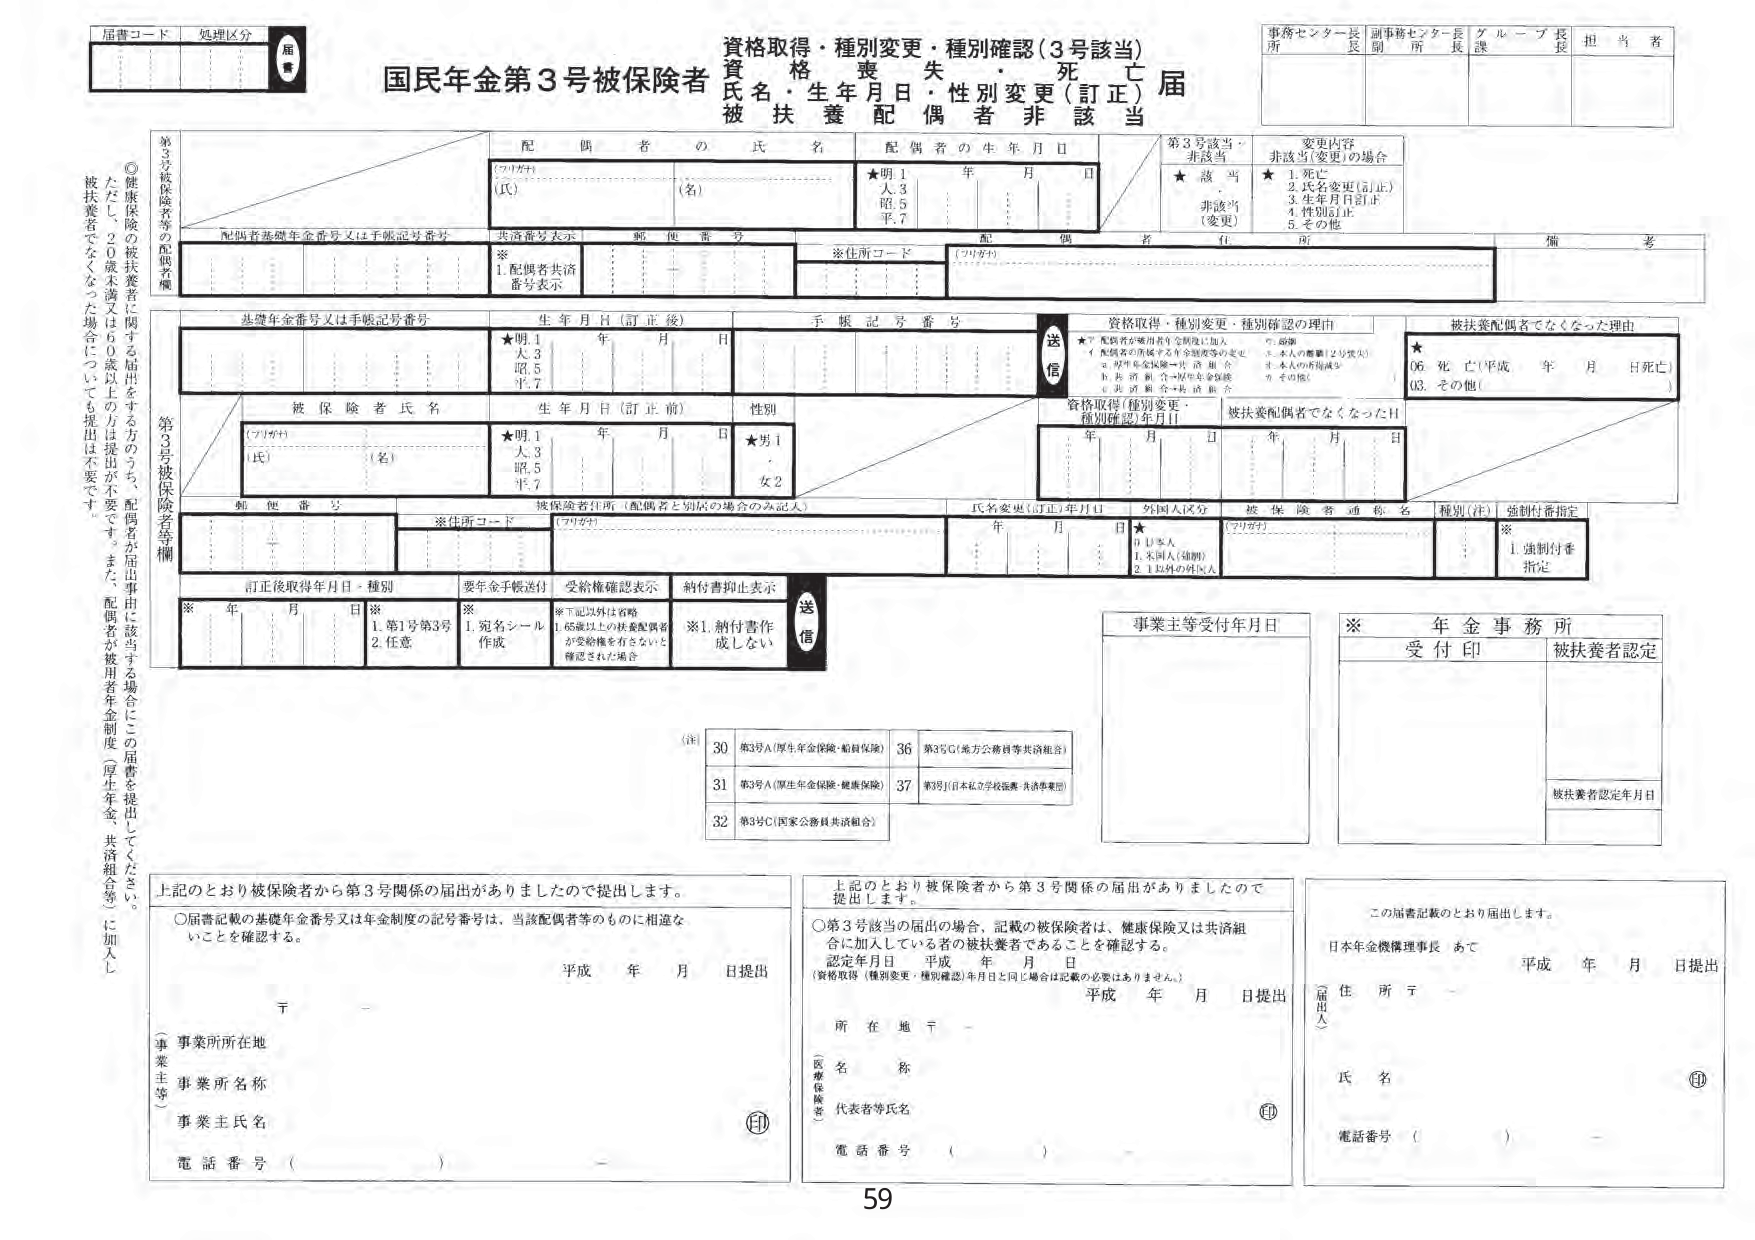
届書コード　処理区分　届書

資格取得・種別変更・種別確認（3号該当）
資　格　喪　失　・　死　亡
国民年金第3号被保険者　氏名・生年月日・性別変更（訂正）届
被扶養配偶者非該当

事務センター長　副事務センター長　グループ長　担当者
所　　　　　　長　　　　所　　　　長　　課　　　　長

第3号被保険者等の配偶者欄
◎健康保険の被扶養者に関する届出をする方のうち、配偶者が届出事由に該当する場合にこの届書を提出してください。
ただし、20歳未満又は60歳以上の方は提出が不要です。また、配偶者が被用者年金制度（厚生年金・共済組合等）に加入し、被扶養者でなくなった場合についても提出は不要です。

配　偶　者　の　氏　名
（フリガナ）
（氏）　　　　　　　　　　（名）
配　偶　者　の　生　年　月　日
★明.1　年　月　日
大.3
昭.5
平.7

第3号該当・非該当
★　該　当
　　非該当（変更）
変更内容
非該当（変更）の場合
★　1.死亡
　　2.氏名変更（訂正）
　　3.生年月日訂正
　　4.性別訂正
　　5.その他

備　考

配偶者基礎年金番号又は手帳記号番号
※　1.配偶者共済番号表示
　　郵便番号
　　※住所コード
　　（フリガナ）

基礎年金番号又は手帳記号番号
生年月日（訂正後）
★明.1　年　月　日
大.3
昭.5
平.7
手帳記号番号
送信

資格取得・種別変更・種別確認の理由
★ア　配偶者が被用者年金制度に加入
　　イ　配偶者が所属する年金制度等の変更
　　ウ　厚生年金保険・共済組合
　　エ　被用者年金制度に加入
　　オ　共済組合・共済組合
　　カ　その他
　　※　本人の離婚（2号喪失）
　　※　本人の再婚
　　※　その他

被扶養配偶者でなくなった理由
★
06. 死亡（平成　年　月　日死亡）
03. その他（　　　　　　　　　　）

第3号被保険者等欄
被保険者氏名
（フリガナ）
（氏）　　　　　　　　　　（名）
生年月日（訂正前）
★明.1　年　月　日
大.3
昭.5
平.7
性別
★男1
　　女2

被保険者住所（配偶者と別居の場合のみ記入）
※住所コード
（フリガナ）
年　月　日
氏名変更（訂正）年月日
外国人区分
★
0　日本人
1　外国人（韓国）
2　1以外の外国人
被保険者通称名
（フリガナ）
種別（注）
※
1.強制付番指定

郵便番号

訂正後取得年月日・種別
※　年　月　日
※
1.第1号第3号
2.任意
要年金手帳送付
※
1.宛名シール作成
受給権確認表示
※下記以外は省略
1.65歳以上の扶養配偶者が受給権を有しないと確認された場合
納付書抑止表示
※1.納付書作成しない
送信

事業主等受付年月日

※　年金事務所
受付印
被扶養者認定
被扶養者認定年月日

（注）
30　第3号A（厚生年金保険・船員保険）
31　第3号A（厚生年金保険・健康保険）
32　第3号C（国家公務員共済組合）
36　第3号C（地方公務員等共済組合）
37　第3号J（日本私立学校職員共済事業団）

上記のとおり被保険者から第3号関係の届出がありましたので提出します。
○届書記載の基礎年金番号又は年金制度の記号番号は、当該配偶者等のものに相違ないことを確認する。
平成　年　月　日提出
（事業主等）
事業所所在地
事業所名称
事業主氏名
電話番号（　　　　　　）

上記のとおり被保険者から第3号関係の届出がありましたので提出します。
○第3号該当の届出の場合、記載の被保険者は、健康保険又は共済組合に加入している者の被扶養者であることを確認する。
認定年月日　平成　年　月　日
（資格取得（種別変更・種別確認）年月日と同じ場合は記載の必要はありません。）
平成　年　月　日提出
（医療保険者）
所在地〒－
名　称
代表者等氏名
電話番号（　　　　　　）

この届書記載のとおり届出します。
日本年金機構理事長　あて
平成　年　月　日提出
（届出人）
住所〒－
氏名
電話番号（　　　　　　）

59